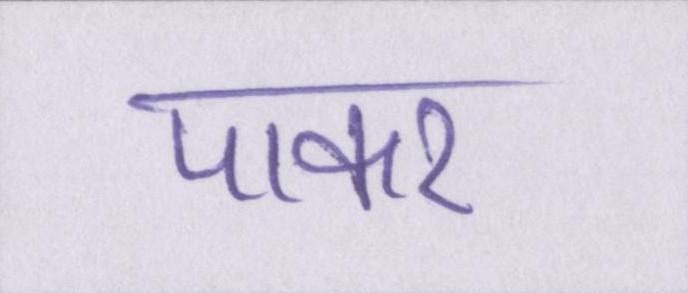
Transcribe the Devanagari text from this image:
पाकर